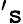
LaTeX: '\mathtt{s}